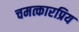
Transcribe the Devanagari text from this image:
चमत्कारप्रिय